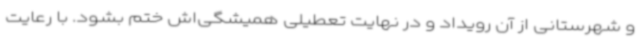
و شهرستانی از آن رویداد و در نهایت تعطیلی همیشگی‌اش ختم بشود. با رعایت